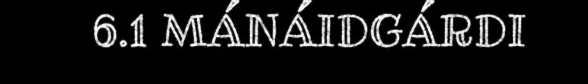
6.1 MÁNÁIDGÁRDI